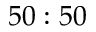
5 0 : 5 0